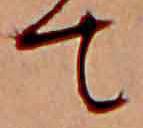
て